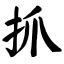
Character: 抓